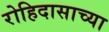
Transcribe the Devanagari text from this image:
रोहिदासाच्या